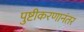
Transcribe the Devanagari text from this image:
पुष्टीकरणानंतर